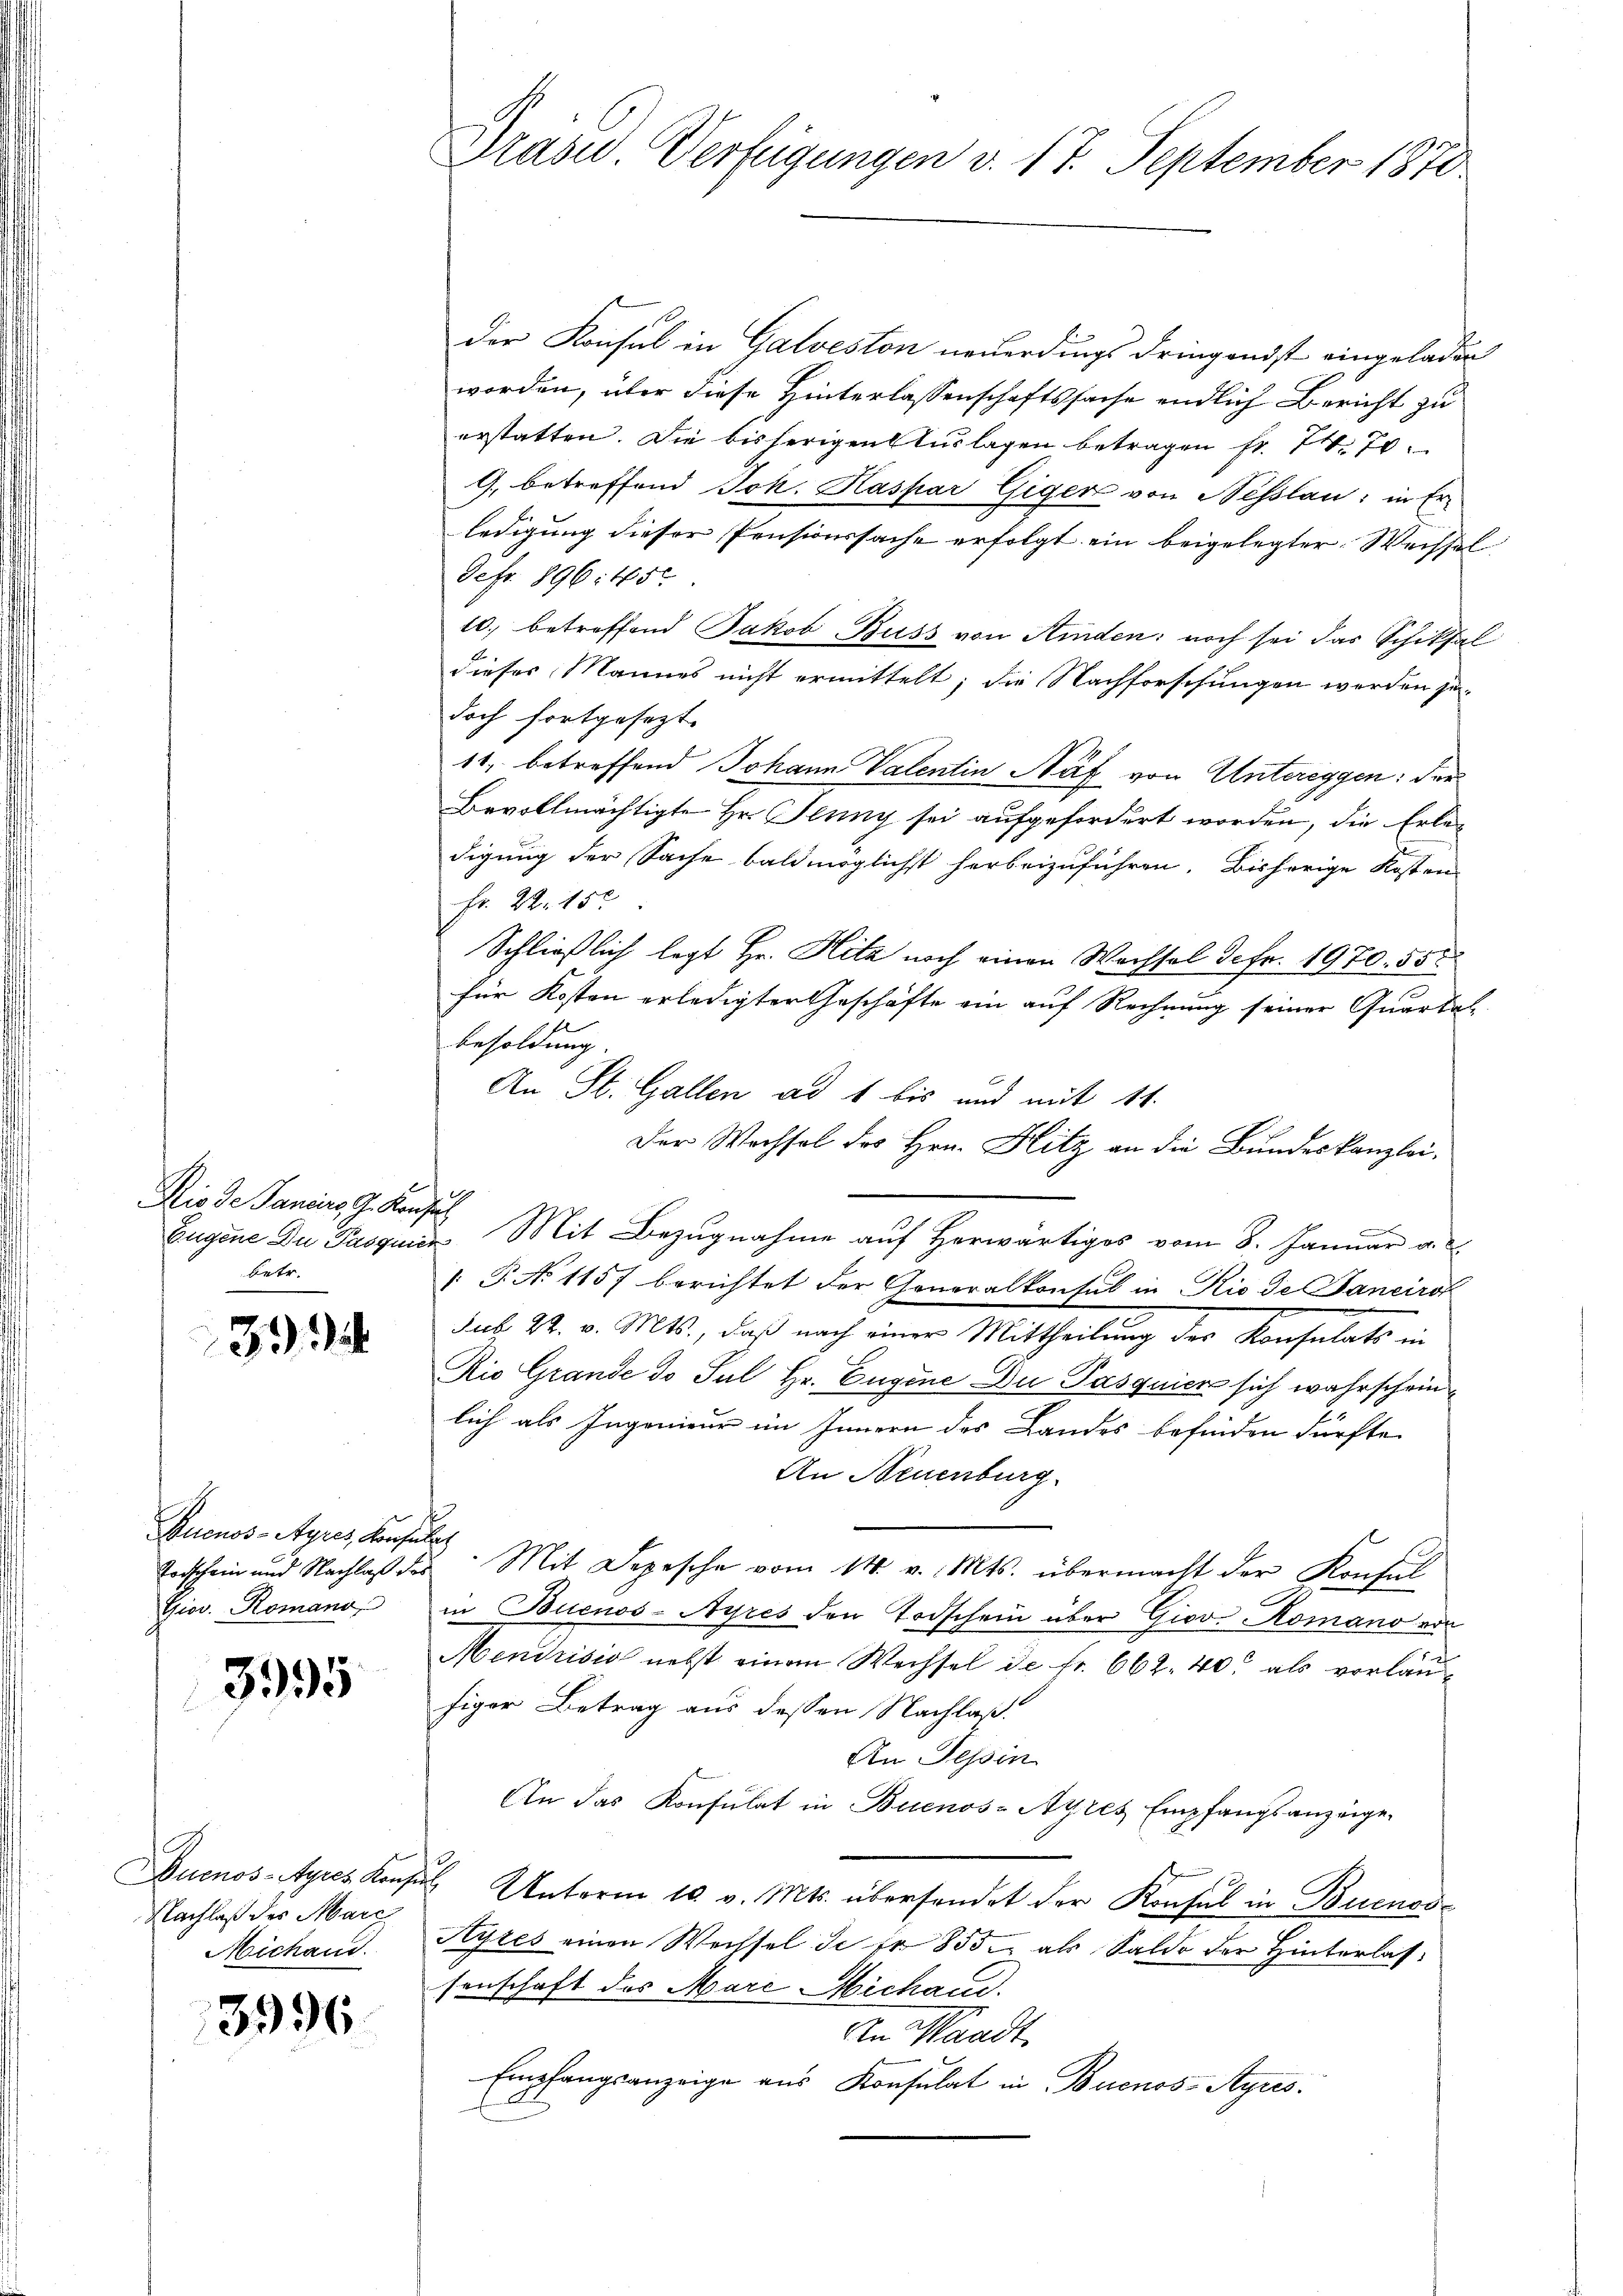
Rio de Panciers J. Konfus
betr.

33

Buenos-Ayres, Konsulat
Giov. Romano

3995

Nachlaß des Marc
Michand.

3996.

Präsid. Verfügungen v. 17. September 1870

der Konsul in Galveston neuerdings dringendst eingeladen
worden, über diese Hinterlassenschaftssache endlich Bericht zu
erstatten. Die bisherigen Auslagen betragen fr. 74. 70
G. betreffend Joh. Kaspar Giger von Nesslau, in Erledigung dieser Pensionssache erfolgt ein beigelegter Wechsel
Sefr. 896. 456
10. betreffend Jakob Buss von Kinden: noch sei das Schiksal
dieser Mannes nicht ermittelt; die Nachforschungen werden jedoch fortgesezt.
11, betreffend Johann Valentin Näf von Untereggen: der
Bevollmächtigte Hr. Jenny sei aufgefordert worden, die Erledigung der Sache baldmöglichst herbeizuführen. Bisherige Kosten
Fr. 22. 152
Schließlich legt Hr. Hita noch einen Wachsel defr. 1970. 55
für Kosten erledigter Geschäfte ein auf Rechnung seiner Quartal
besoldung.
An St. Gallen ad 1 bis und mit 14.
Der Wachsel des Hrn. Hitz an die Bundeskanzlei-
Eugene Du Pasquier Mit Bezugnahme auf Herwärtiges vom 8. Januar a.
: P. No 1157 berichtet der Generalkonsul in Rio de Janeiro
sub 22. v. Mts., daß nach einer Mittheilung des Konsulats in
Rio Grande de Jul Hr. Eugene Du Pasquier sich wahrschein
lich als Ingenieur im Innern des Landes befinden dürfte.
An Neuenburg.
Todschein und Nachlaβ des Mit Depesche vom 14. v. Mts. übermacht der Konful
in Buenos-Ayres den Todschein über Giov. Romano von
Mendrisis nebst einem Wechsel de fr. 662. 40 als vorläufiger Betrag aus dessen Nachlaß
An Tessin
An das Konsulat in Buenos-Ayres Empfangsanzeige
uenos-Ayres Konsul Unterm 10 v. Mts. übersendet der Konsul in Buenos¬
Hyres einen Wechsel de sr 855 als Saldo der Hinterlassenschaft des Marc Michand.
An Waadt,
Empfangsanzeige aus Konsulat in Buenos-Ayres.